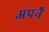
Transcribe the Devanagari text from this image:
अपनै